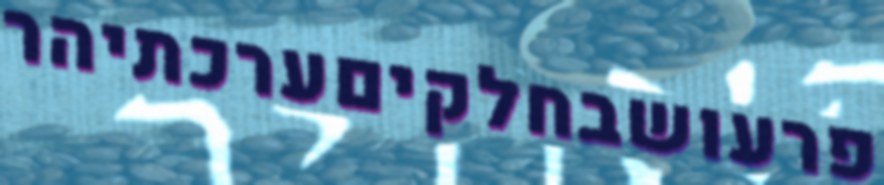
פרעושבחלקיםערכתיהר